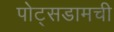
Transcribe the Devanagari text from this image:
पोट्सडामची